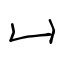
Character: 凵